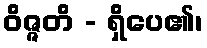
ဝိဇ္ဇတိ - ရှိပေ၏၊